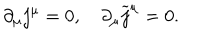
\partial _ { \mu } j ^ { \mu } = 0 , \quad \partial _ { \mu } \widetilde { j } ^ { \mu } = 0 .